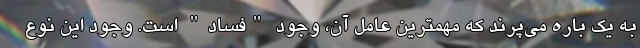
به یک باره می‌پرند که مهمترین عامل آن، وجود "فساد" است. وجود این نوع